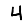
Digit: 4